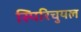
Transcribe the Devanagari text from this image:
स्पिरिचुयल